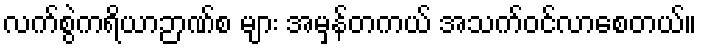
လက်စွဲကရိယာဉာဏ်စ များ အမှန်တကယ် အသက်ဝင်လာစေတယ်။